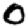
Digit: 0